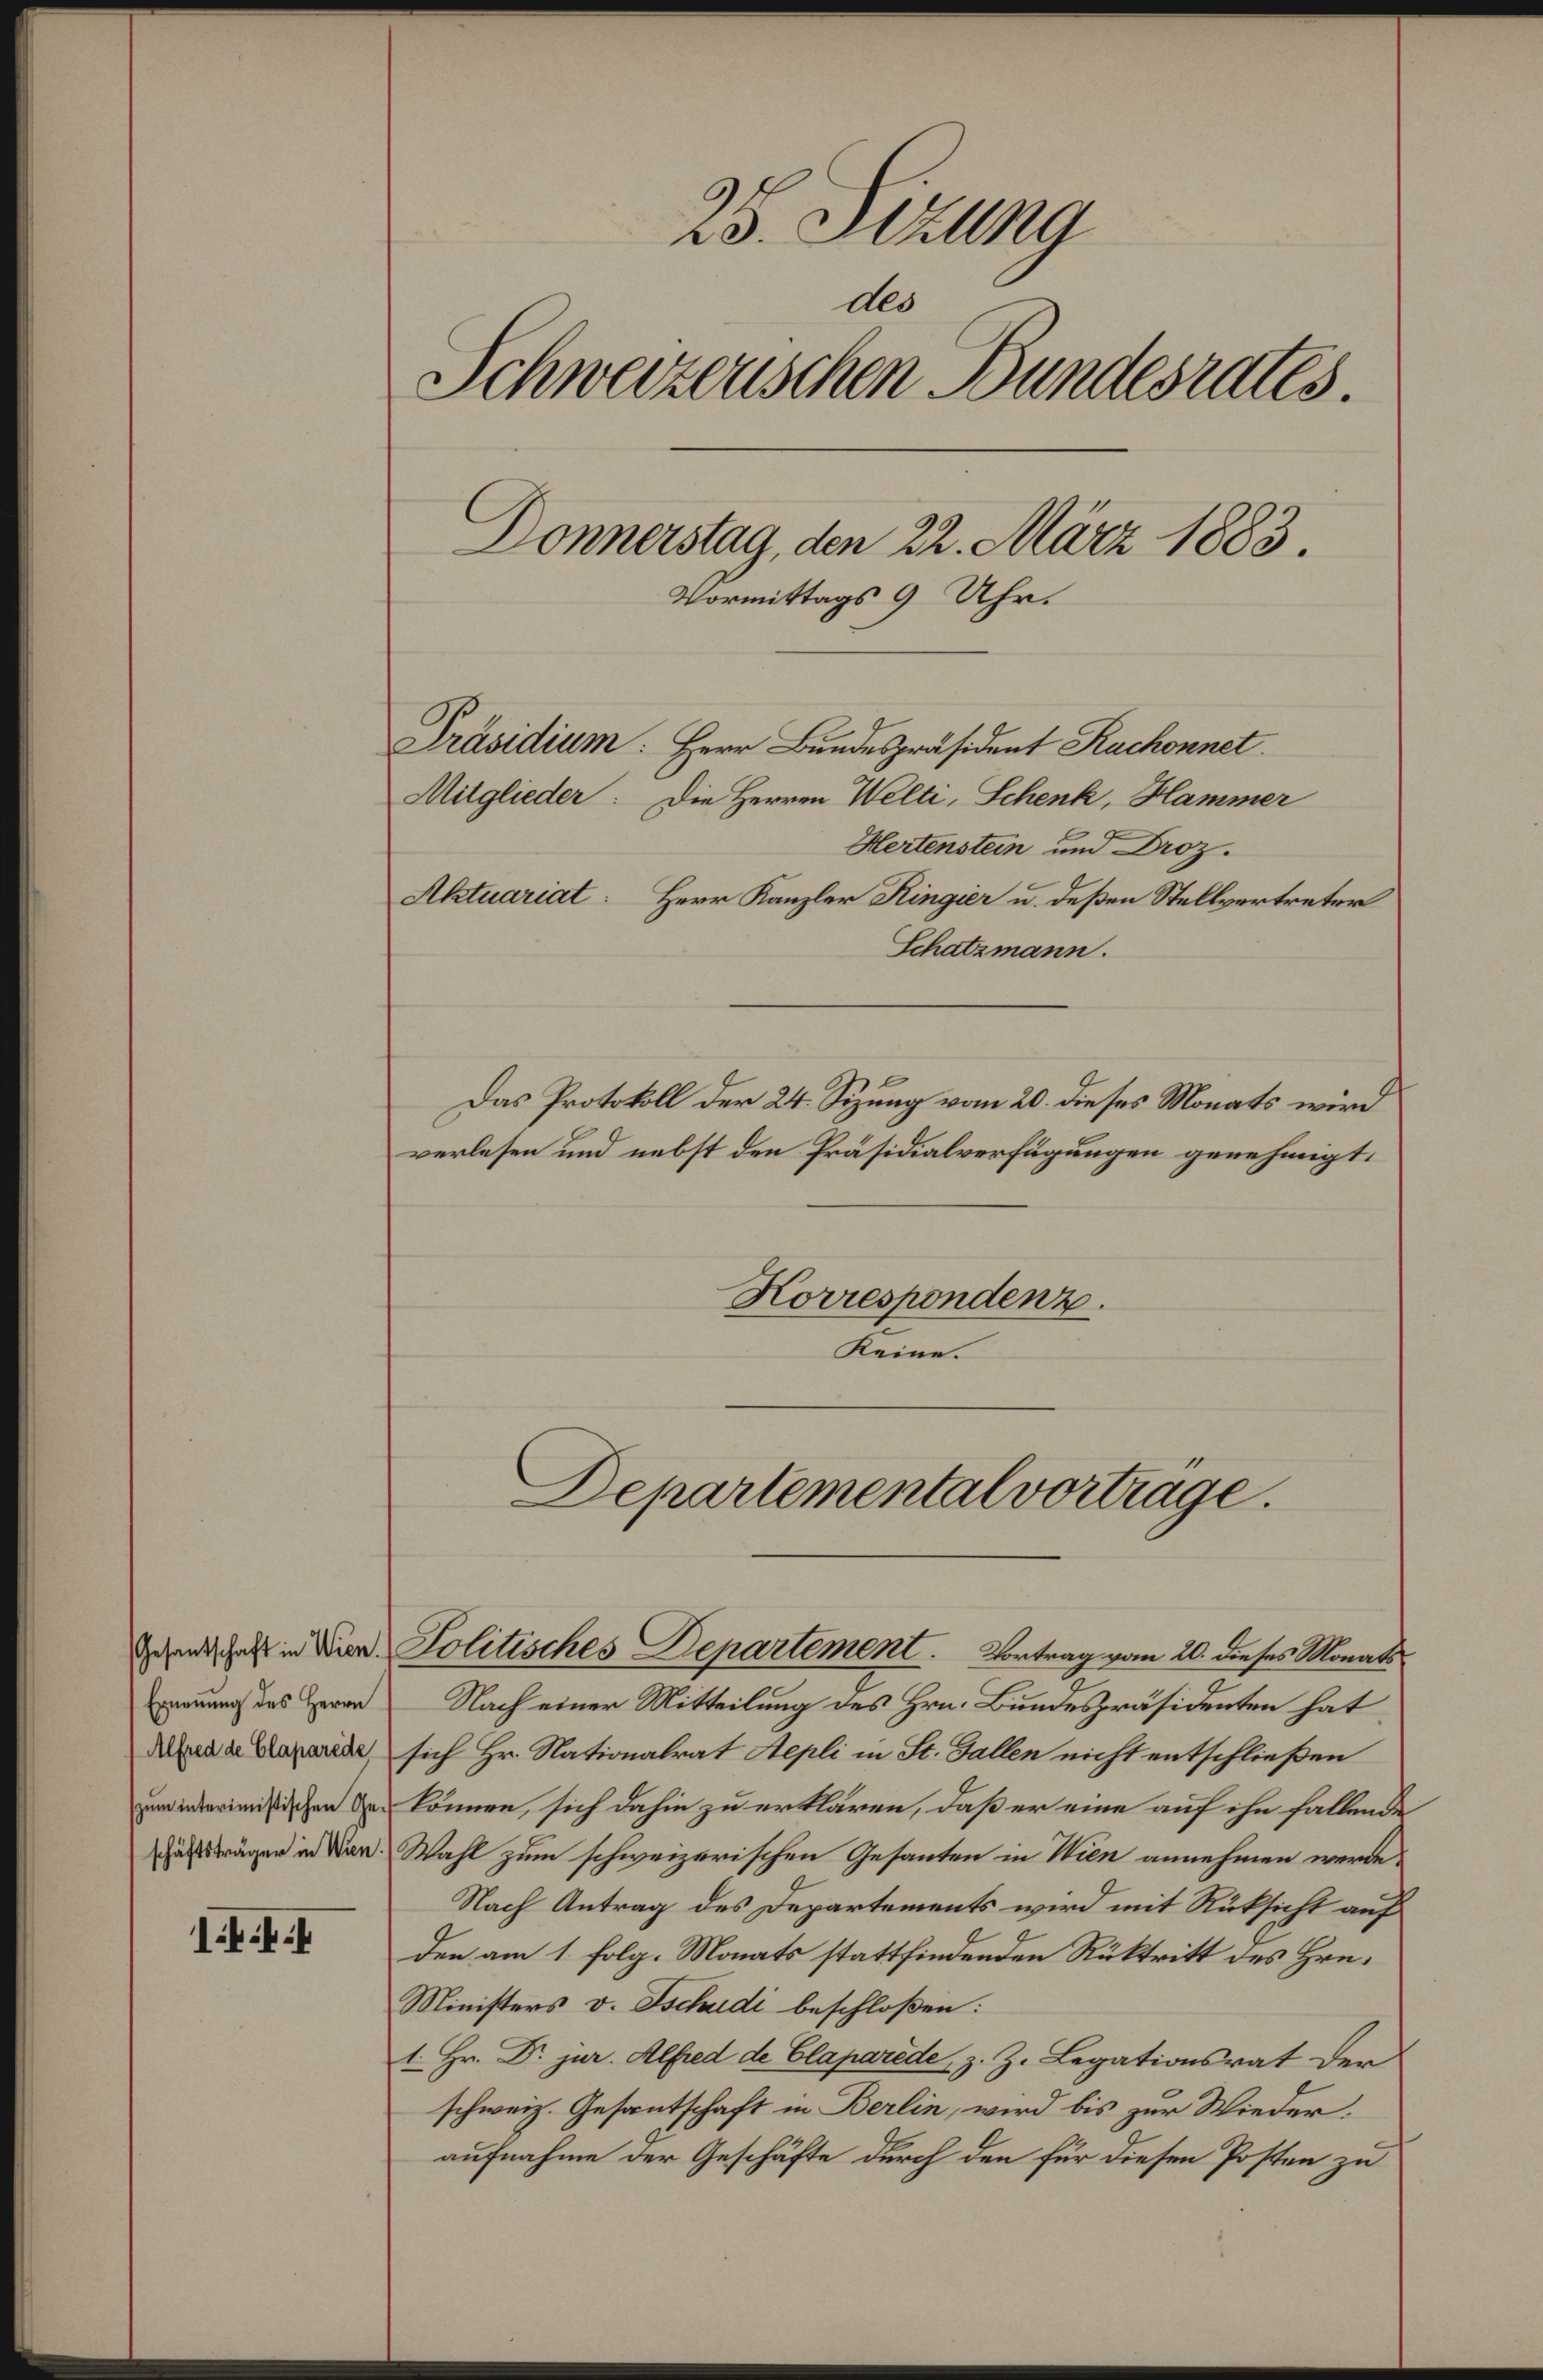
2s. Dtllg
Aes
Fcneueuen Bsrues.
Bonestag, don 22Nrr 1885.
Vormittags 9 Uhr.
Daitien Herr Bundezräsedent Rackonal
gliedadie Herrrn Velti, Slenk, Nammn
erenabin und Aoz.
AlurialHerr Kanzler Ringar u desen Stellertretr
Hhademann.
Ddas Protkll den 24. Süzung vom 2 eses Monats wirnd
verlesen und nebst den Präsdialverfügungen gerehigt.
Honespandene.
Reine.
Bepmrementalverage.
pesuntschaft in urn
Exrnung des Hron
Alfed v. Blaparide
unitrimistischen Ge¬
schäftrugen in tn
1 444
Folitiches Hepnarhenene. atagvom 20 Be se.Mnat
Nach einer Mitteilung des Hrnm BundesZräsienten hat
sich Hr Nationalrat thli im F. allen nicht entschliaßen
Noönen, sich dahim zu ertlären, daß er eine auf ehn fallende
Wahl zum schweizerischen Gesanten im Nun amnehmen wrde
Nach Antrag des Departements wird mit Sütsacht auf

Mieisters v. Sochdi beschloßen:.
1Hr. K. za Alhed de. Blaprite z. Z. Begationsrat den
schweich Gesantschaft in Balie, wird bis zur Wieder.
aufnahme der Geschäfte drch den für diesen Postern zu